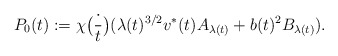
\begin{align*} P_0(t) := \chi\big(\frac{\cdot}{t}\big)(\lambda(t)^{3/2}v^*(t)A_{\lambda(t)} + b(t)^2 B_{\lambda(t)}).\end{align*}